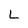
Character: L